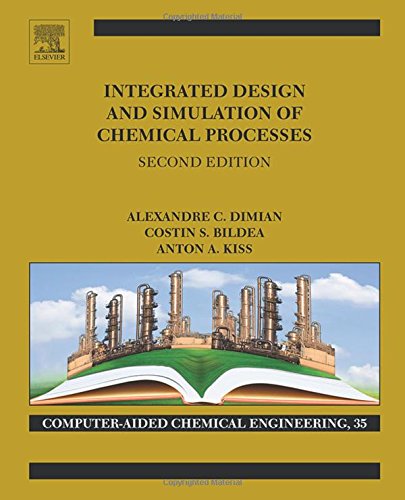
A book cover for Integrated Design and Simulation of Chemical Processes, Volume 13, Second Edition (Computer Aided Chemical Engineering); Alexandre C. Dimian; Computers & Technology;